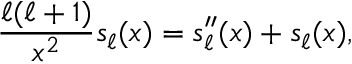
{ \frac { \ell ( \ell + 1 ) } { x ^ { 2 } } } s _ { \ell } ( x ) = s _ { \ell } ^ { \prime \prime } ( x ) + s _ { \ell } ( x ) ,